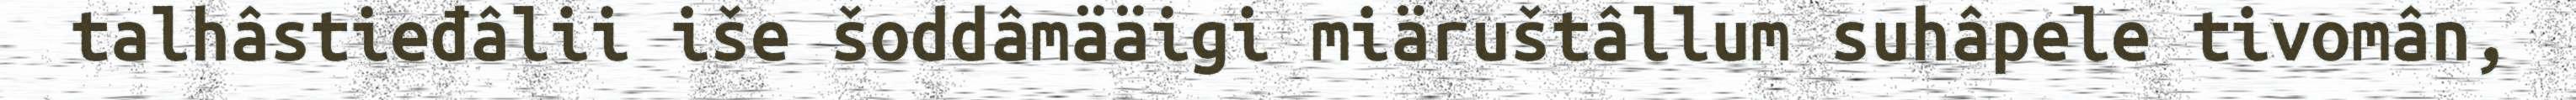
talhâstieđâlii iše šoddâmääigi miäruštâllum suhâpele tivomân,